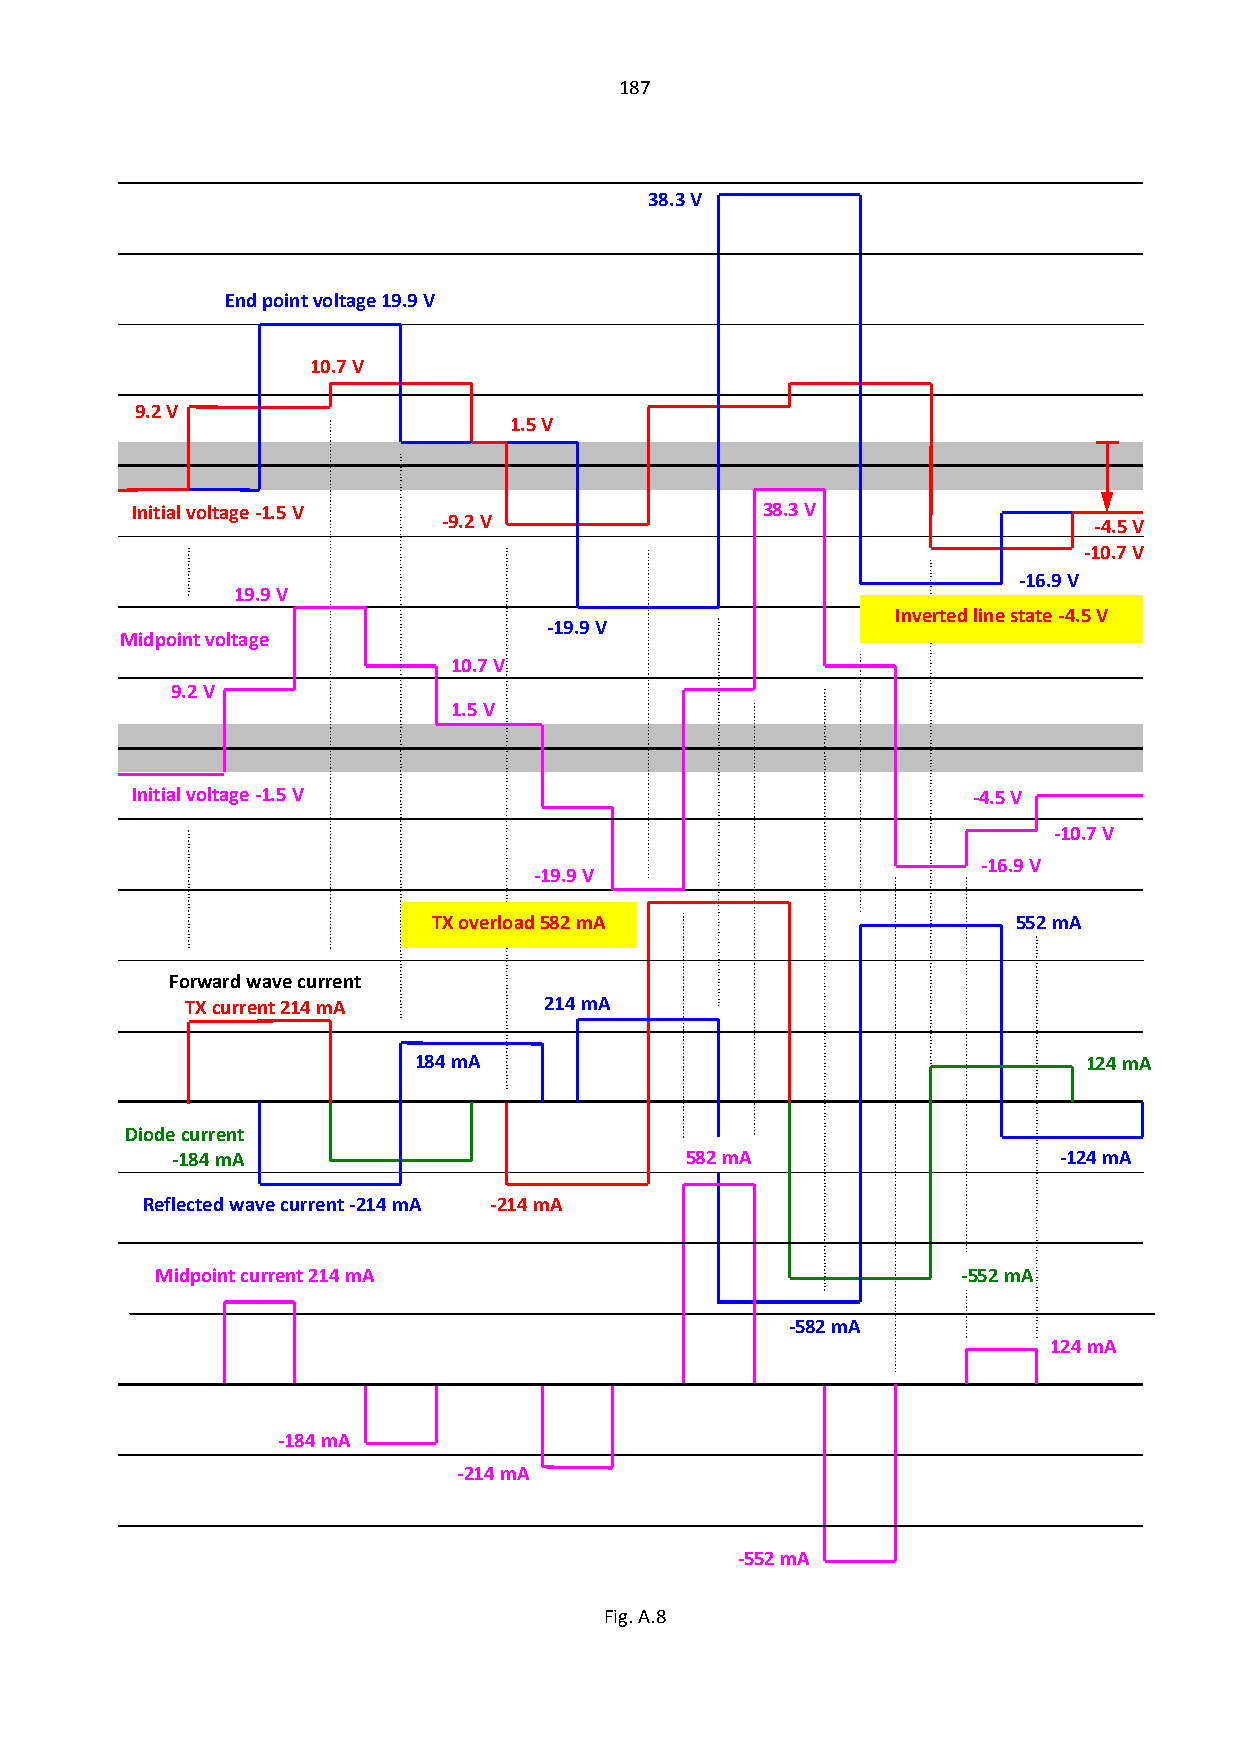
187
 38.3 V
 End point voltage 19.9 V
 10.7 V
 9.2 V
 1.5 V
 Initial voltage -1.5 V                   38.3 V
 -9.2 V                                     -4.5 V
 -10.7 V
 -16.9 V
 19.9 V
 Inverted line state -4.5 V
 -19.9 V
 Midpoint voltage
 10.7 V
 9.2 V
 1.5 V
 Initial voltage -1.5 V                                 -4.5 V
 -10.7 V
 -16.9 V
 -19.9 V
 TX overload 582 mA                    552 mA
 Forward wave current
 TX current 214 mA       214 mA
 184 mA                                       124 mA
 Diode current
 -184 mA                           582 mA                   -124 mA
 Reflected wave current -214 mA -214 mA
 Midpoint current 214 mA                               -552 mA
 -582 mA
 124 mA
 -184 mA
 -214 mA
 -552 mA
 Fig. A.8